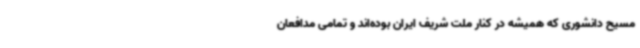
مسیح دانشوری که همیشه در کنار ملت شریف ایران بوده‌اند و تمامی مدافعان